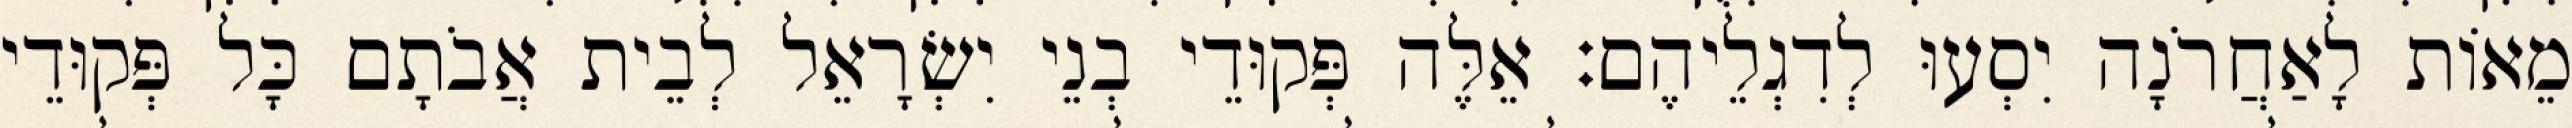
מֵאוֹת לָאַחֲרֹנָה יִסְעוּ לְדִגְלֵיהֶם׃ אֵלֶּה פְּקוּדֵי בְנֵי יִשְׂרָאֵל לְבֵית אֲבֹתָם כָּל פְּקוּדֵי